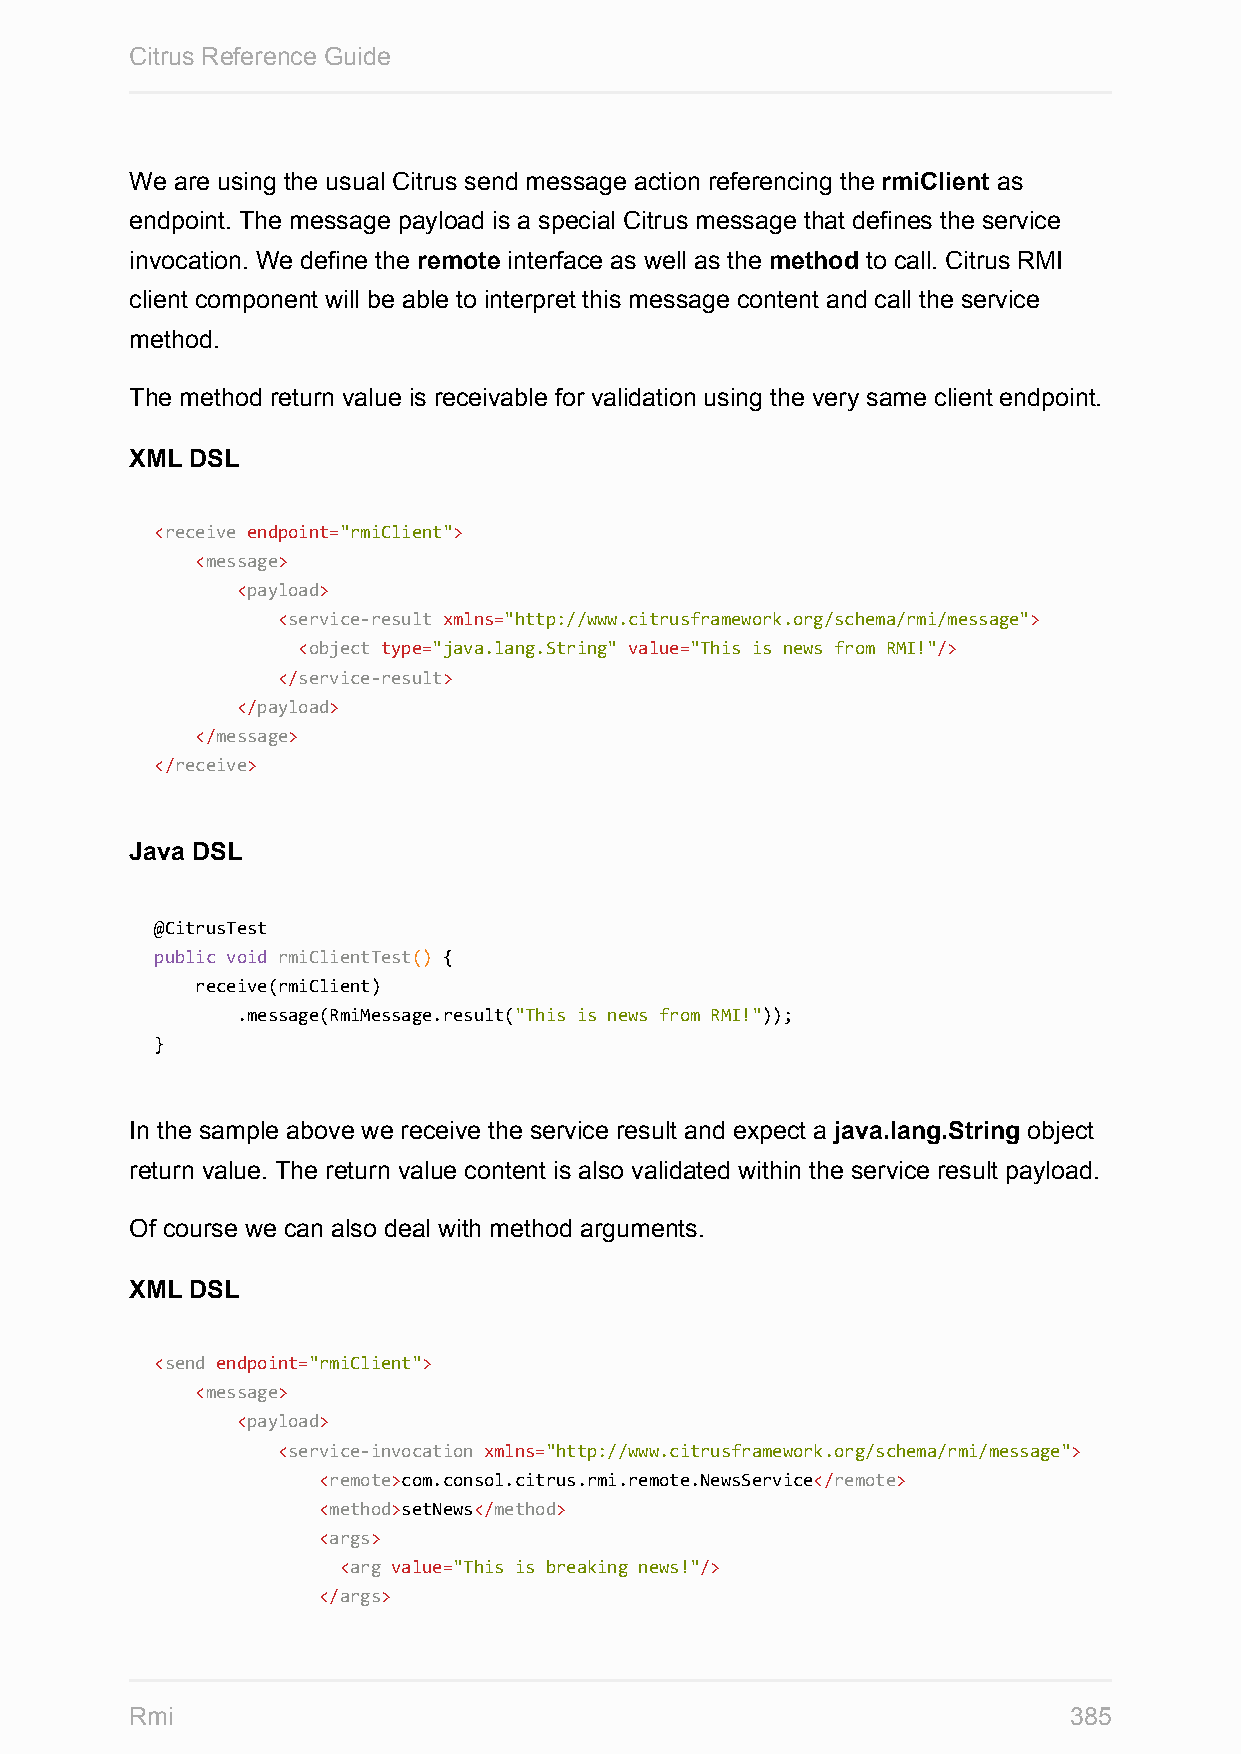
Citrus Reference Guide
 We are using the usual Citrus send message action referencing the rmiClient as
 endpoint. The message payload is a special Citrus message that defines the service
 invocation. We define the remote interface as well as the method to call. Citrus RMI
 client component will be able to interpret this message content and call the service
 method.
 The method return value is receivable for validation using the very same client endpoint.
 XML DSL
 <receive endpoint="rmiClient">
 <message>
 <payload>
 <service-result xmlns="http://www.citrusframework.org/schema/rmi/message">
 <object type="java.lang.String" value="This is news from RMI!"/>
 </service-result>
 </payload>
 </message>
 </receive>
 Java DSL
 @CitrusTest
 public void rmiClientTest() {
 receive(rmiClient)
 .message(RmiMessage.result("This is news from RMI!"));
 }
 In the sample above we receive the service result and expect a java.lang.String object
 return value. The return value content is also validated within the service result payload.
 Of course we can also deal with method arguments.
 XML DSL
 <send endpoint="rmiClient">
 <message>
 <payload>
 <service-invocation xmlns="http://www.citrusframework.org/schema/rmi/message">
 <remote>com.consol.citrus.rmi.remote.NewsService</remote>
 <method>setNews</method>
 <args>
 <arg value="This is breaking news!"/>
 </args>
 Rmi                                                           385